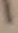
Text: 1